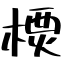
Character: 樮